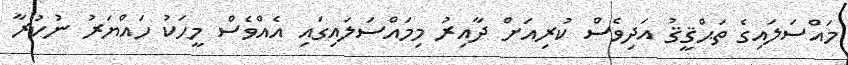
މައްސަލައިގެ ތަޙްޤީޤު އަދިވެސް ކުރިއަށް ދާއިރު މިމައްސަލައިގައި އެއްވެސް މީހަކު ހައްޔަރު ނުކުރާ